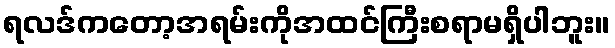
ရလဒ်ကတော့အရမ်းကိုအထင်ကြီးစရာမရှိပါဘူး။